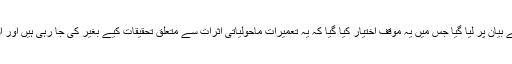
عدالت کی طرف سے یہ نوٹس پاکستان میں انسانی حقوق کی ایک بڑی تنظیم ’ایچ آر سی پی‘ کے بیان پر لیا گیا جس میں یہ موقف اختیار کیا گیا کہ یہ تعمیرات ماحولیاتی اثرات سے متعلق تحقیقات کیے بغیر کی جا رہی ہیں اور ان سے شہر کراچی میں دہائیوں پرانے ہندو مندر شری رتناور ماہادیو کو نقصان پہنچ سکتا ہے۔